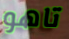
تاهو